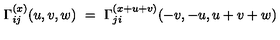
{ \Gamma } _ { i j } ^ { ( x ) } ( u , v , w ) \ = \ { \Gamma } _ { j i } ^ { ( x + u + v ) } ( - v , - u , u + v + w )